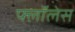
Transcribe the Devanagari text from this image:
फ्लॉलेस